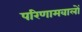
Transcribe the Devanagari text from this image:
परिणामवालों